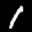
Label: 1